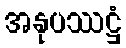
အနုပဿဋ္ဌံ